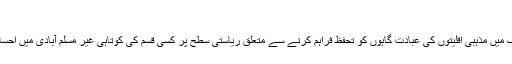
‘‘
زہرہ یوسف کا کہنا تھا کہ ملک میں مذہبی اقلیتوں کی عبادت گاہوں کو تحفظ فراہم کرنے سے متعلق ریاستی سطح پر کسی قسم کی کوتاہی غیر مسلم آبادی میں احساس محرومی کا سبب بنتی ہے۔